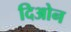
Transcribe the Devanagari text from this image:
दिओन